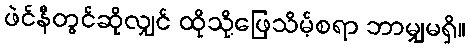
ဖဲင်နီတွင်ဆိုလျှင် ထိုသို့ဖြေသိမ့်စရာ ဘာမျှမရှိ။